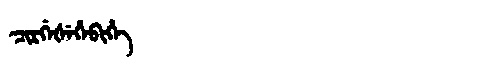
Manchu: ᠴᡳᡵᡤᡝᡧᡝᡥᡝᠪᡳᡥᡝ
Romanization: CIRGEŠEHEBIHE